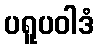
ပရူပဝါဒံ